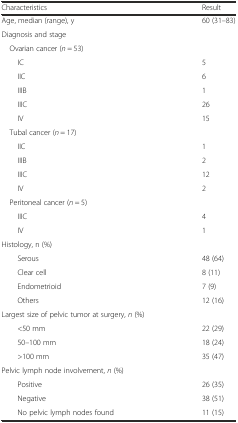
| Characteristics | Result |
 | --- | --- |
 | Age, median (range), y | 60 (31–83) |
 | Diagnosis and stage |  |
 | Ovarian cancer (n = 53) |  |
 | IC | 5 |
 | IIC | 6 |
 | IIIB | 1 |
 | IIIC | 26 |
 | IV | 15 |
 | Tubal cancer (n = 17) |  |
 | IIC | 1 |
 | IIIB | 2 |
 | IIIC | 12 |
 | IV | 2 |
 | Peritoneal cancer (n = 5) |  |
 | IIIC | 4 |
 | IV | 1 |
 | Histology, n (%) |  |
 | Serous | 48 (64) |
 | Clear cell | 8 (11) |
 | Endometrioid | 7 (9) |
 | Others | 12 (16) |
 | Largest size of pelvic tumor at surgery, n (%) |  |
 | <50 mm | 22 (29) |
 | 50–100 mm | 18 (24) |
 | >100 mm | 35 (47) |
 | Pelvic lymph node involvement, n (%) |  |
 | Positive | 26 (35) |
 | Negative | 38 (51) |
 | No pelvic lymph nodes found | 11 (15) |